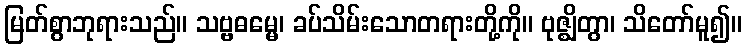
မြတ်စွာဘုရားသည်။ သဗ္ဗဓမ္မေ၊ ခပ်သိမ်းသောတရားတို့ကို။ ဗုဇ္ဈိတွာ၊ သိတော်မူ၍။